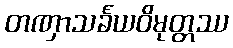
တဏှာသင်္ခယဝိမုတ္တဿ